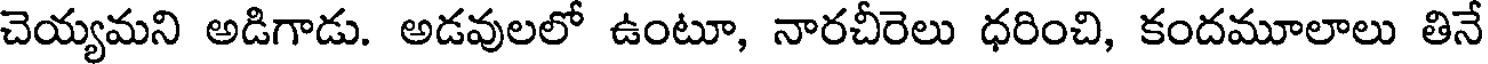
చెయ్యమని అడిగాడు. అడవులలో ఉంటూ, నారచీరెలు ధరించి, కందమూలాలు తినే